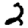
Digit: 2